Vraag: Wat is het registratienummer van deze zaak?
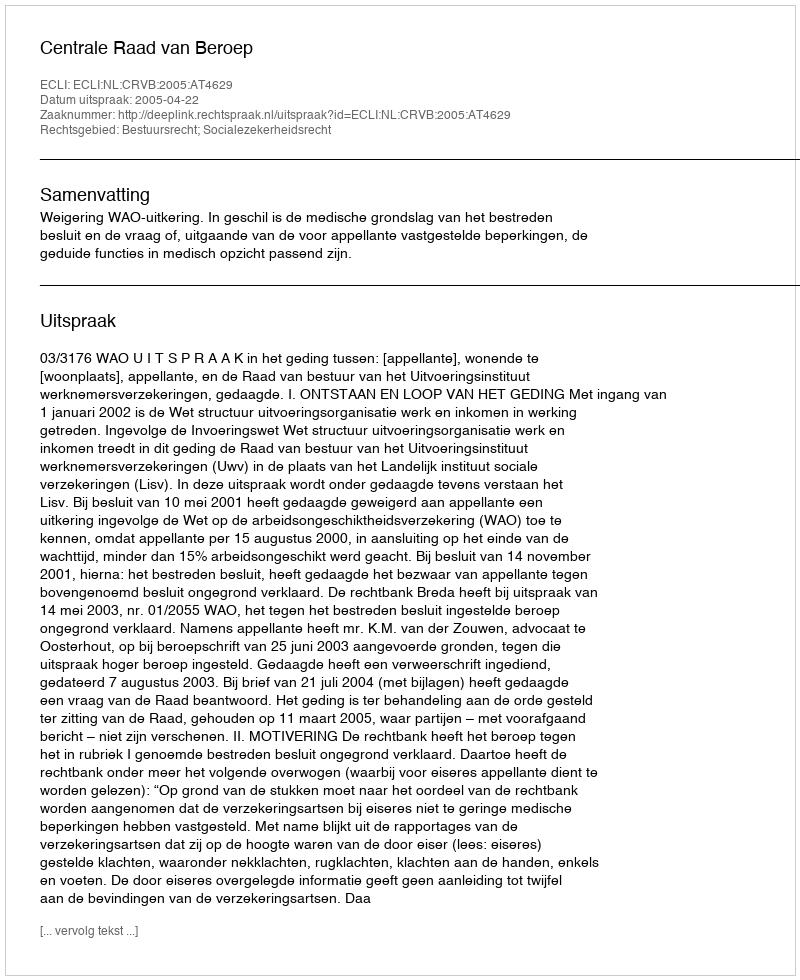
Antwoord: http://deeplink.rechtspraak.nl/uitspraak?id=ECLI:NL:CRVB:2005:AT4629